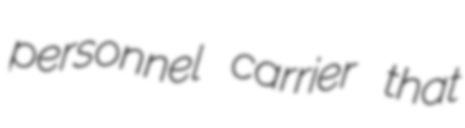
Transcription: personnel carrier that